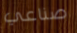
صناعي